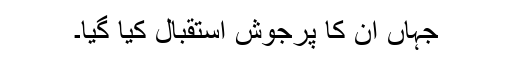
جہاں ان کا پرجوش استقبال کیا گیا۔